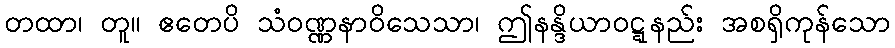
တထာ၊ တူ။ ဧတေပိ သံဝဏ္ဏနာဝိသေသာ၊ ဤနန္ဒိယာဝဋ္ဋနည်း အစရှိကုန်သော